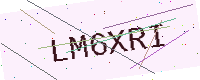
Text: LM6XRI